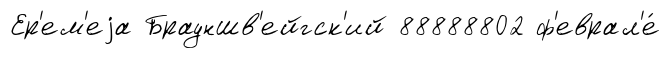
Ер'ем'еjа Брауншв'ейгск'ий 88888802 ф'еврал'е́